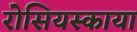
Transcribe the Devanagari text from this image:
रोसियस्काया